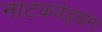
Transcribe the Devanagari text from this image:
नाटकवेड्यांना